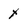
Character: x